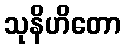
သုနိဟိတော